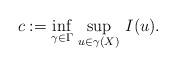
LaTeX: \begin{align*}c := \inf_{\gamma \in \Gamma}\, \sup_{u \in \gamma(X)}\, I(u).\end{align*}